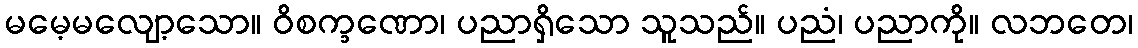
မမေ့မလျော့သော။ ဝိစက္ခဏော၊ ပညာရှိသော သူသည်။ ပညံ၊ ပညာကို။ လဘတေ၊